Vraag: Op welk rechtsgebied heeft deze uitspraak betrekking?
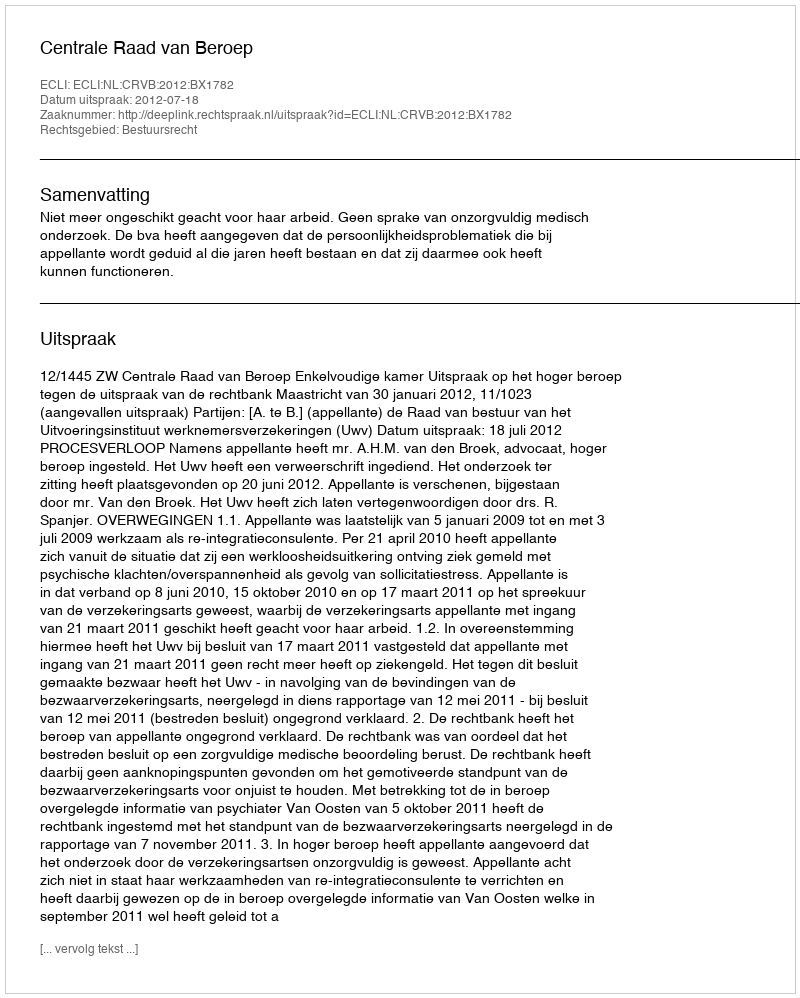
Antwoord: Bestuursrecht